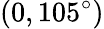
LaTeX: (0,105^{\circ})